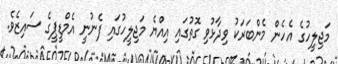
މަޖިލީހުގެ އެހެން މެންބަރަކު ވިދާޅުވި ގޮތުގައި އިއްޔެ މަޖިލީހުގައި ފެނުނީ އެމްޑީޕީގެ ސައިޒެވެ.